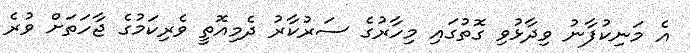
އެ މަނިކުފާނު ވިދާޅުވި ގޮތުގައި މިހާރުގެ ސަރުކާރު ދެމިއޮތީ ވެރިކަމުގެ ޖާހަތަށް ވުރެ